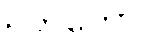
ဥဘတော